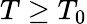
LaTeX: T\geq T_{0}